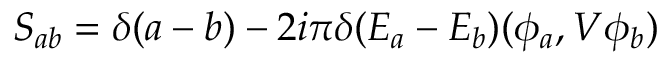
S _ { a b } = \delta ( a - b ) - 2 i \pi \delta ( E _ { a } - E _ { b } ) ( \phi _ { a } , V \phi _ { b } )